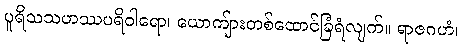
ပူရိသသဟဿပရိဝါရော၊ ယောကျ်ားတစ်ထောင်ခြံရံလျက်။ ရာဇဂဟံ၊